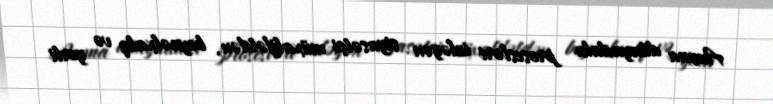
Amma dünyadakı prosesləri izləyən siyasətçi müxalifətdən, beynəlxalq və yerli